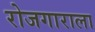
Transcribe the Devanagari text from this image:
रोजगाराला